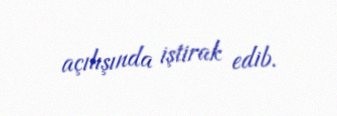
açılışında iştirak edib.